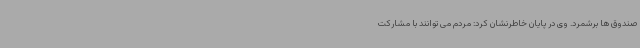
صندوق ها برشمرد. وی در پایان خاطرنشان کرد: مردم می توانند با مشارکت